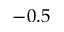
- 0 . 5